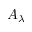
A _ { \lambda }